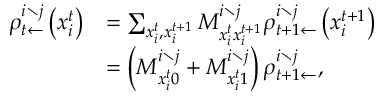
\begin{array} { r l } { \rho _ { t \leftarrow } ^ { i \setminus j } \left( x _ { i } ^ { t } \right) } & { = \sum _ { x _ { i } ^ { t } , x _ { i } ^ { t + 1 } } M _ { x _ { i } ^ { t } x _ { i } ^ { t + 1 } } ^ { i \setminus j } \rho _ { t + 1 \leftarrow } ^ { i \setminus j } \left( x _ { i } ^ { t + 1 } \right) } \\ & { = \left( M _ { x _ { i } ^ { t } 0 } ^ { i \setminus j } + M _ { x _ { i } ^ { t } 1 } ^ { i \setminus j } \right) \rho _ { t + 1 \leftarrow } ^ { i \setminus j } , } \end{array}